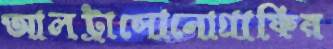
আলট্রাসোনোগ্রাফির